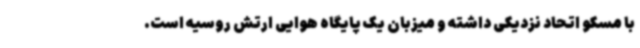
با مسکو اتحاد نزدیکی داشته و میزبان یک پایگاه هوایی ارتش روسیه است.